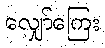
လျှော်ကြေး